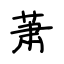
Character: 萧